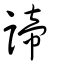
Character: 諦